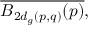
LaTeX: { \overline { { B _ { 2 d _ { g } ( p , q ) } ( p ) } } } ,